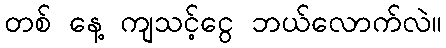
တစ် နေ့ ကျသင့်ငွေ ဘယ်လောက်လဲ။